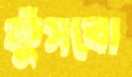
ফুঁসবো